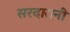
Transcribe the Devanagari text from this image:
सरदारानी